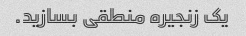
یک زنجیره منطقی بسازید.